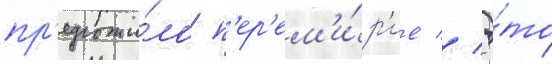
пр'едложи́ло п'ер'ем'и́р'ие // Э́то